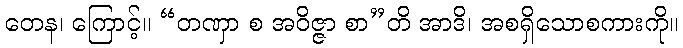
တေန၊ ကြောင့်။ “တဏှာ စ အဝိဇ္ဇာ စာ”တိ အာဒိ၊ အစရှိသောစကားကို။